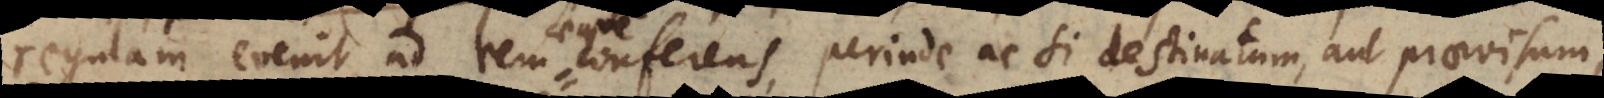
regulam evenit, ad rem conferens, perinde ac si destinatum, aut praevisum,